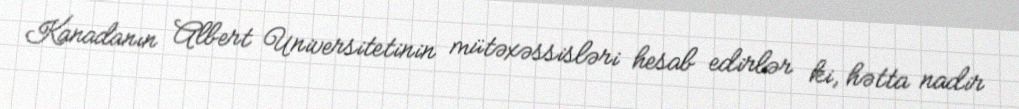
Kanadanın Albert Universitetinin mütəxəssisləri hesab edirlər ki, hətta nadir